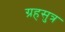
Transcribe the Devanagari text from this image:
ग्रहसुत्र